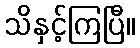
သိနှင့်ကြပြီ။